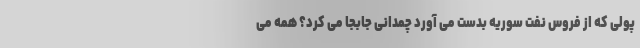
پولی که از فروس نفت سوریه بدست می آورد چمدانی جابجا می کرد؟ همه می